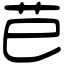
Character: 𦬊